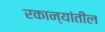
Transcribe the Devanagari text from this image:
रकान्यांतील